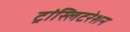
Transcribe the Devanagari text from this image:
ट्रांस्लिटरेशन